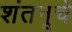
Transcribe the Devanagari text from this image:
शंतनूचे